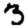
Digit: 3